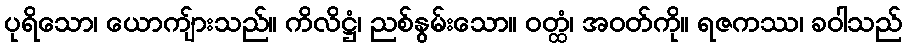
ပုရိသော၊ ယောကျ်ားသည်။ ကိလိဋ္ဌံ၊ ညစ်နွမ်းသော။ ဝတ္ထံ၊ အဝတ်ကို။ ရဇကဿ၊ ခဝါသည်